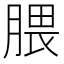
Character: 腲